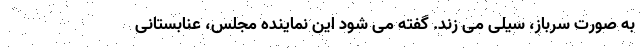
به صورت سرباز، سیلی می زند. گفته می شود این نماینده مجلس، عنابستانی